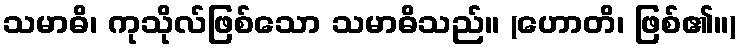
သမာဓိ၊ ကုသိုလ်ဖြစ်သော သမာဓိသည်။ (ဟောတိ၊ ဖြစ်၏။)